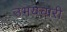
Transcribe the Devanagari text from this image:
उभयचारी